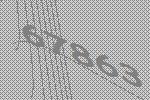
67863